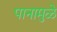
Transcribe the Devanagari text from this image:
पानामुळे